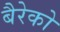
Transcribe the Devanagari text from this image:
बैरेको